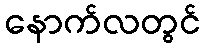
နောက်လတွင်